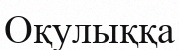
Оқулыққа